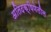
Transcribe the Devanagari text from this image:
अतिदक्षिणेतील